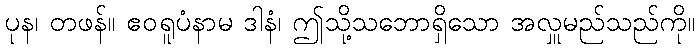
ပုန၊ တဖန်။ ဧဝရူပံနာမ ဒါနံ၊ ဤသို့သဘောရှိသော အလှူမည်သည်ကို။